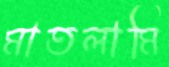
মাতলামি